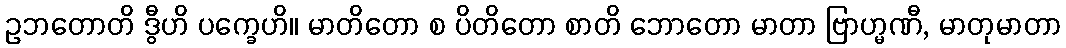
ဥဘတောတိ ဒွီဟိ ပက္ခေဟိ။ မာတိတော စ ပိတိတော စာတိ ဘောတော မာတာ ဗြာဟ္မဏီ, မာတုမာတာ